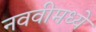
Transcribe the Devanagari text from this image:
नववीमध्ये